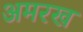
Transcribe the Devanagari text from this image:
अमरख